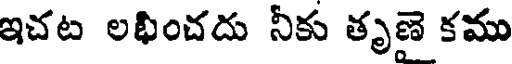
ఇచట లభించదు నీకు తృణె కము